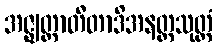
အဇ္ဈတ္တာတီတာဒိအနတ္တသုတ္တံ